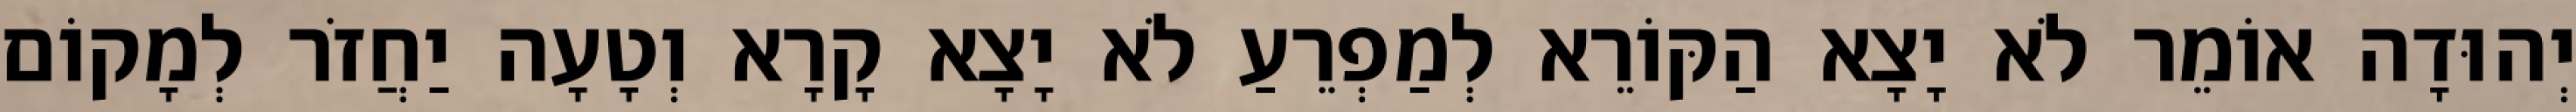
יְהוּדָה אוֹמֵר לֹא יָצָא הַקּוֹרֵא לְמַפְרֵעַ לֹא יָצָא קָרָא וְטָעָה יַחֲזֹר לְמָקוֹם